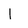
Character: l